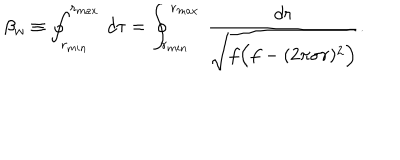
LaTeX: \beta _ { w } \equiv \oint _ { r _ { m i n } } ^ { r _ { m a x } } \, d \tau = \oint _ { r _ { m i n } } ^ { r _ { m a x } } \, { \frac { d r } { \sqrt { f \Big ( f - ( 2 \pi \sigma r ) ^ { 2 } \Big ) } } } .